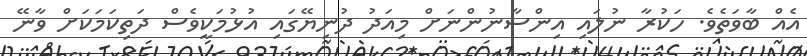
އެއް ބާވަތެވެ. ހަކުރާ ނުލައި އިންސާނުންނަށް މިއަދު ދުނިޔޭގައި އުޅުމަކީވެސް ދަތިކަމަކަށް ވާނޭ